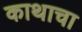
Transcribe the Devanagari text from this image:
काथाचा